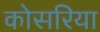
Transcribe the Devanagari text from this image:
कोसरिया